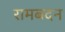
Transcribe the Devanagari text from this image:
रामबदन